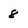
Character: 8